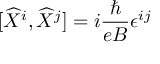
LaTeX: \lbrack \widehat { X } ^ { i } , \widehat { X } ^ { j } ] = i \frac { \hbar } { e B } \epsilon ^ { i j }